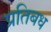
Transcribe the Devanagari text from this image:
प्रतिबध